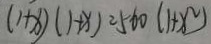
( 1 + x ) ( 1 + x ) = 5 6 0 ( 1 + x ^ { 2 } )